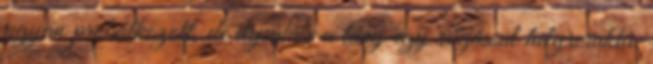
ugyan próbálkozott, de ilyenkor a lány egy rúgással helyrerakta.